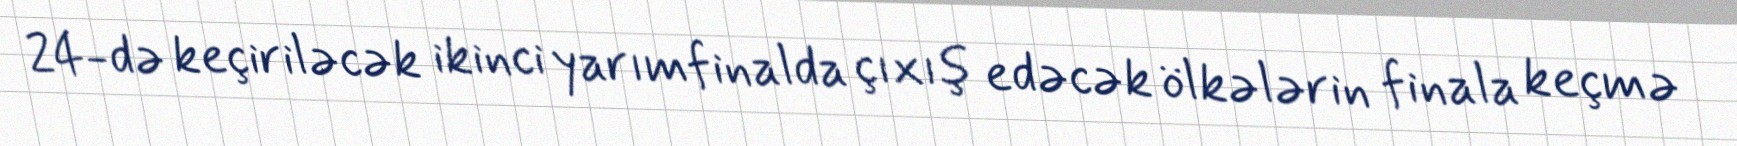
24-də keçiriləcək ikinci yarımfinalda çıxış edəcək ölkələrin finala keçmə